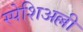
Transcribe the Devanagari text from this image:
स्पेशिअल्ली